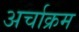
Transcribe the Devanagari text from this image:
अर्चाक्रम